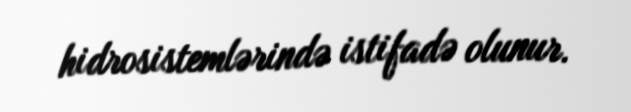
hidrosistemlərində istifadə olunur.